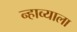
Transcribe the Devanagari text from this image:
न्हाव्याला